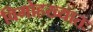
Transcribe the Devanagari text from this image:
विमोहख्यातः